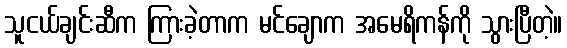
သူငယ်ချင်းဆီက ကြားခဲ့တာက မင်ချောက အမေရိကန်ကို သွားပြီတဲ့။